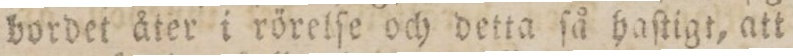
bordet åter i rörelſe och detta ſå haſtigt, att